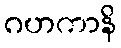
ဂဟကာနိ